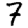
Digit: 7